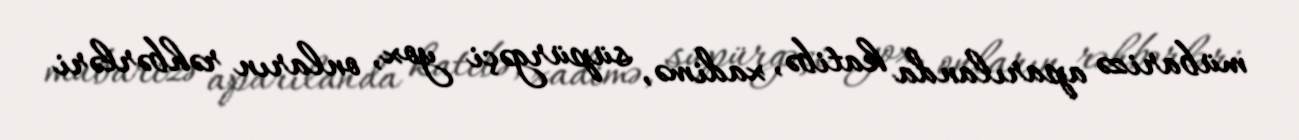
mübarizə aparılanda katibə, xadimə, süpürgəçi yox, onların rəhbərləri